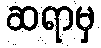
ဆရာမှ